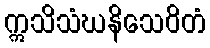
ဣသိသံဃနိသေဝိတံ